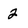
Character: 2